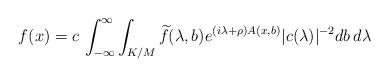
LaTeX: \begin{align*}f(x) = c\, \int_{-\infty}^\infty \int_{K/M} \widetilde{f}(\lambda,b)e^{(i\lambda+\rho)A(x,b)} |c(\lambda)|^{-2} db\, d\lambda \end{align*}